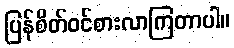
ပြန်စိတ်ဝင်စားလာကြတာပါ။